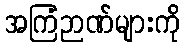
အကြံဉာဏ်များကို